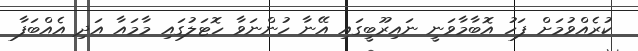
ކުރެއްވުމަށް ފަހު އޮބާމާވަނީ ނައިރޫބީގައި އޭނާ ހުންނަވާ ހޮޓަލުގައި މާމައާ އަދި އެއްބަފާ